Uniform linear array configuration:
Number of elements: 16
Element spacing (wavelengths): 0.75
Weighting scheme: binomial
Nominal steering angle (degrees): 0
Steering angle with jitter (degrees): -1.681
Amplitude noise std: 0.05
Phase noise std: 0.05

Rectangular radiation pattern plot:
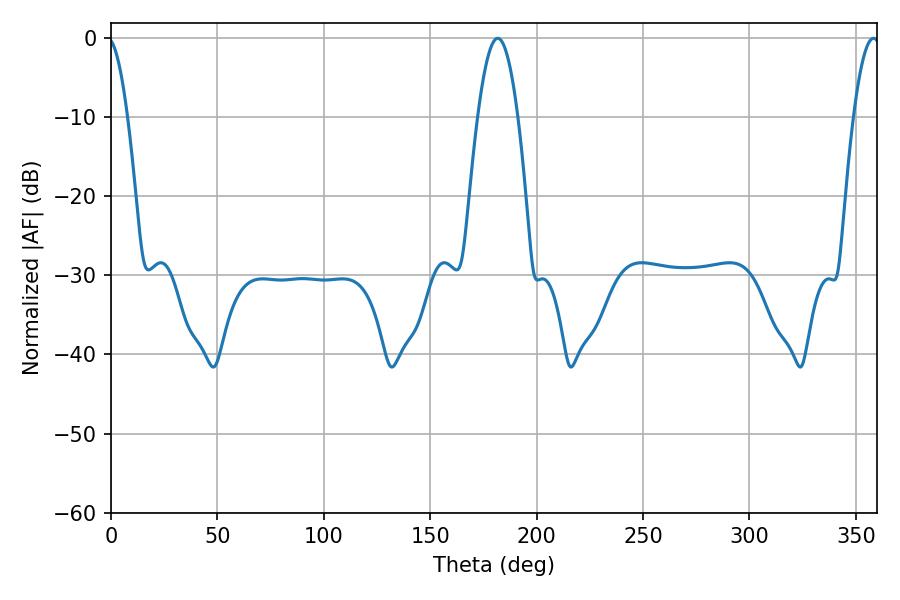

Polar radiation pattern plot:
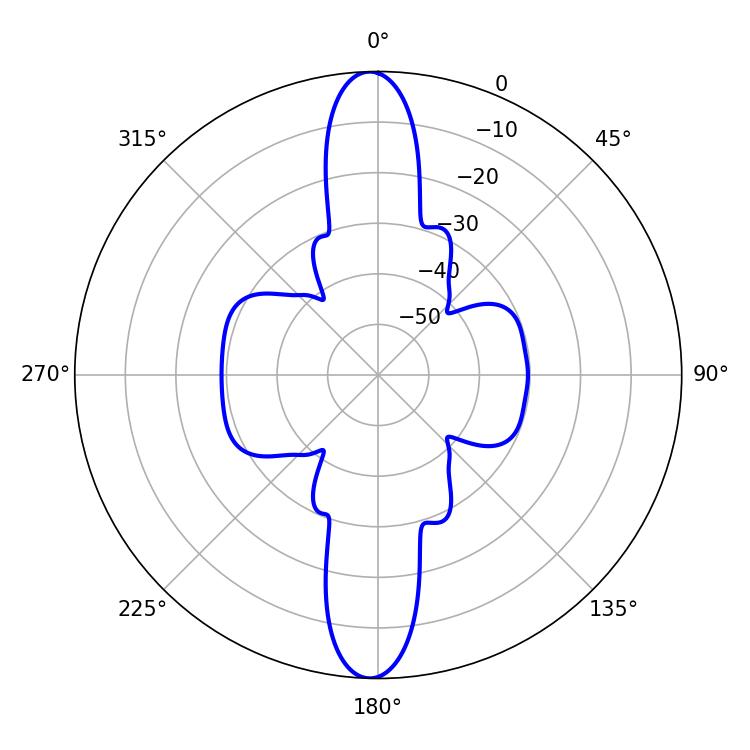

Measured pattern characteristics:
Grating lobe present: TRUE
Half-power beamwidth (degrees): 10.26
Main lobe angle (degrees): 181.8